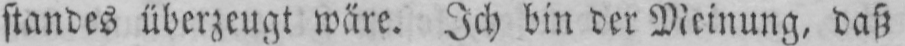
standes überzeugt wäre. Ich bin der Meinung, daß